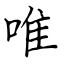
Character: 唯